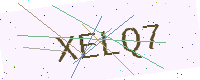
Text: XELQ7